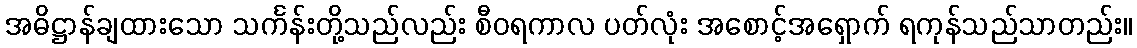
အဓိဋ္ဌာန်ချထားသော သင်္ကန်းတို့သည်လည်း စီဝရကာလ ပတ်လုံး အစောင့်အရှောက် ရကုန်သည်သာတည်း။